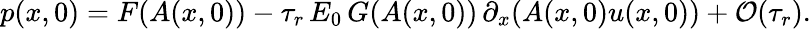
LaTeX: p(x,0)=F(A(x,0))-\tau_{r}\, E_{0}\, G(A(x,0))\, \partial_{x}(A(x,0)u(x,0))+\mathcal{O}(\tau_{r}).